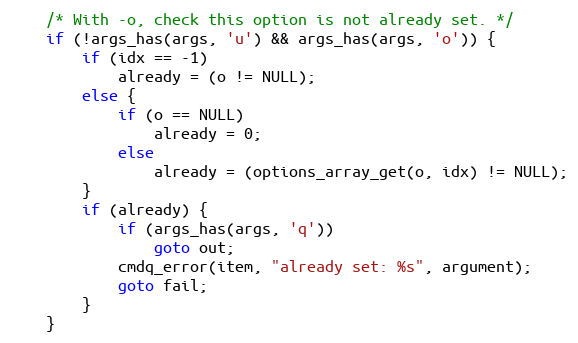
Language: C
	/* With -o, check this option is not already set. */
	if (!args_has(args, 'u') && args_has(args, 'o')) {
		if (idx == -1)
			already = (o != NULL);
		else {
			if (o == NULL)
				already = 0;
			else
				already = (options_array_get(o, idx) != NULL);
		}
		if (already) {
			if (args_has(args, 'q'))
				goto out;
			cmdq_error(item, "already set: %s", argument);
			goto fail;
		}
	}